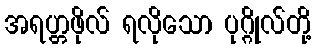
အရဟ္တဖိုလ် ရလိုသော ပုဂ္ဂိုလ်တို့